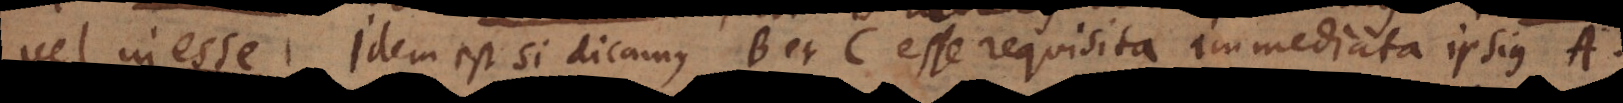
ique Idem est si dicamus B et C esse requisita immediata ipsius A.